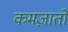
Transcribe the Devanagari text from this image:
कमज़ातों